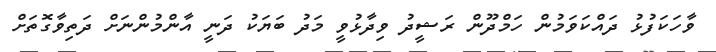
ވާހަކަފުޅު ދައްކަވަމުން ހަމްދޫން ރަޝީދު ވިދާޅުވީ މަދު ބަޔަކު ދަނީ އާންމުންނަށް ދަތިވާގޮތަށް